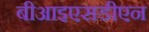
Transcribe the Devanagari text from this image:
बीआइएसडीएन